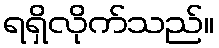
ရရှိလိုက်သည်။